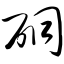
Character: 硐